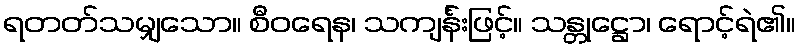
ရတတ်သမျှသော။ စီဝရေန၊ သကျင်္န်းဖြင့်။ သန္တုဋ္ဌော၊ ရောင့်ရဲ၏။